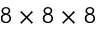
8 \times 8 \times 8